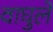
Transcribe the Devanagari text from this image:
वाघुले